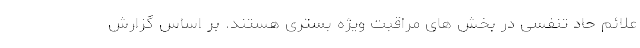
علائم حاد تنفسی در بخش های مراقبت ویژه بستری هستند. بر اساس گزارش